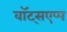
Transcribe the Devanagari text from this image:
वॉट्सएप्प